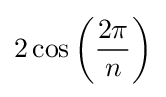
2\cos \left({\frac {2\pi }{n}}\right)